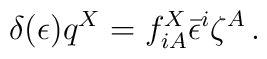
\delta (\epsilon ) q^X= f^X_{iA}\bar \epsilon ^i\zeta ^A\,.